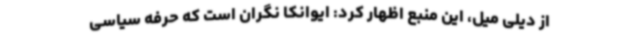
از دیلی میل، این منبع اظهار کرد: ایوانکا نگران است که حرفه سیاسی